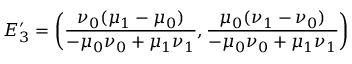
E _ { 3 } ^ { \prime } = \bigg ( \frac { \nu _ { 0 } ( \mu _ { 1 } - \mu _ { 0 } ) } { - \mu _ { 0 } \nu _ { 0 } + \mu _ { 1 } \nu _ { 1 } } , \frac { \mu _ { 0 } ( \nu _ { 1 } - \nu _ { 0 } ) } { - \mu _ { 0 } \nu _ { 0 } + \mu _ { 1 } \nu _ { 1 } } \bigg )